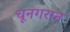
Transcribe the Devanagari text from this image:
चूनगरान